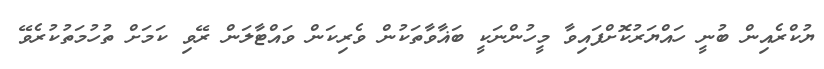
ޔުކްރެއިން ބުނީ ހައްޔަރުކޮށްފައިވާ މީހުންނަކީ ބަޣާވާތަކުން ވެރިކަން ވައްޓާލަން ރޭވި ކަމަށް ތުހުމަތުކުރެވޭ